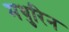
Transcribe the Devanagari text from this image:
मथुरिन